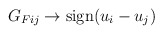
\begin{align*}G_{Fij} \rightarrow {\rm sign}(u_i-u_j)\end{align*}